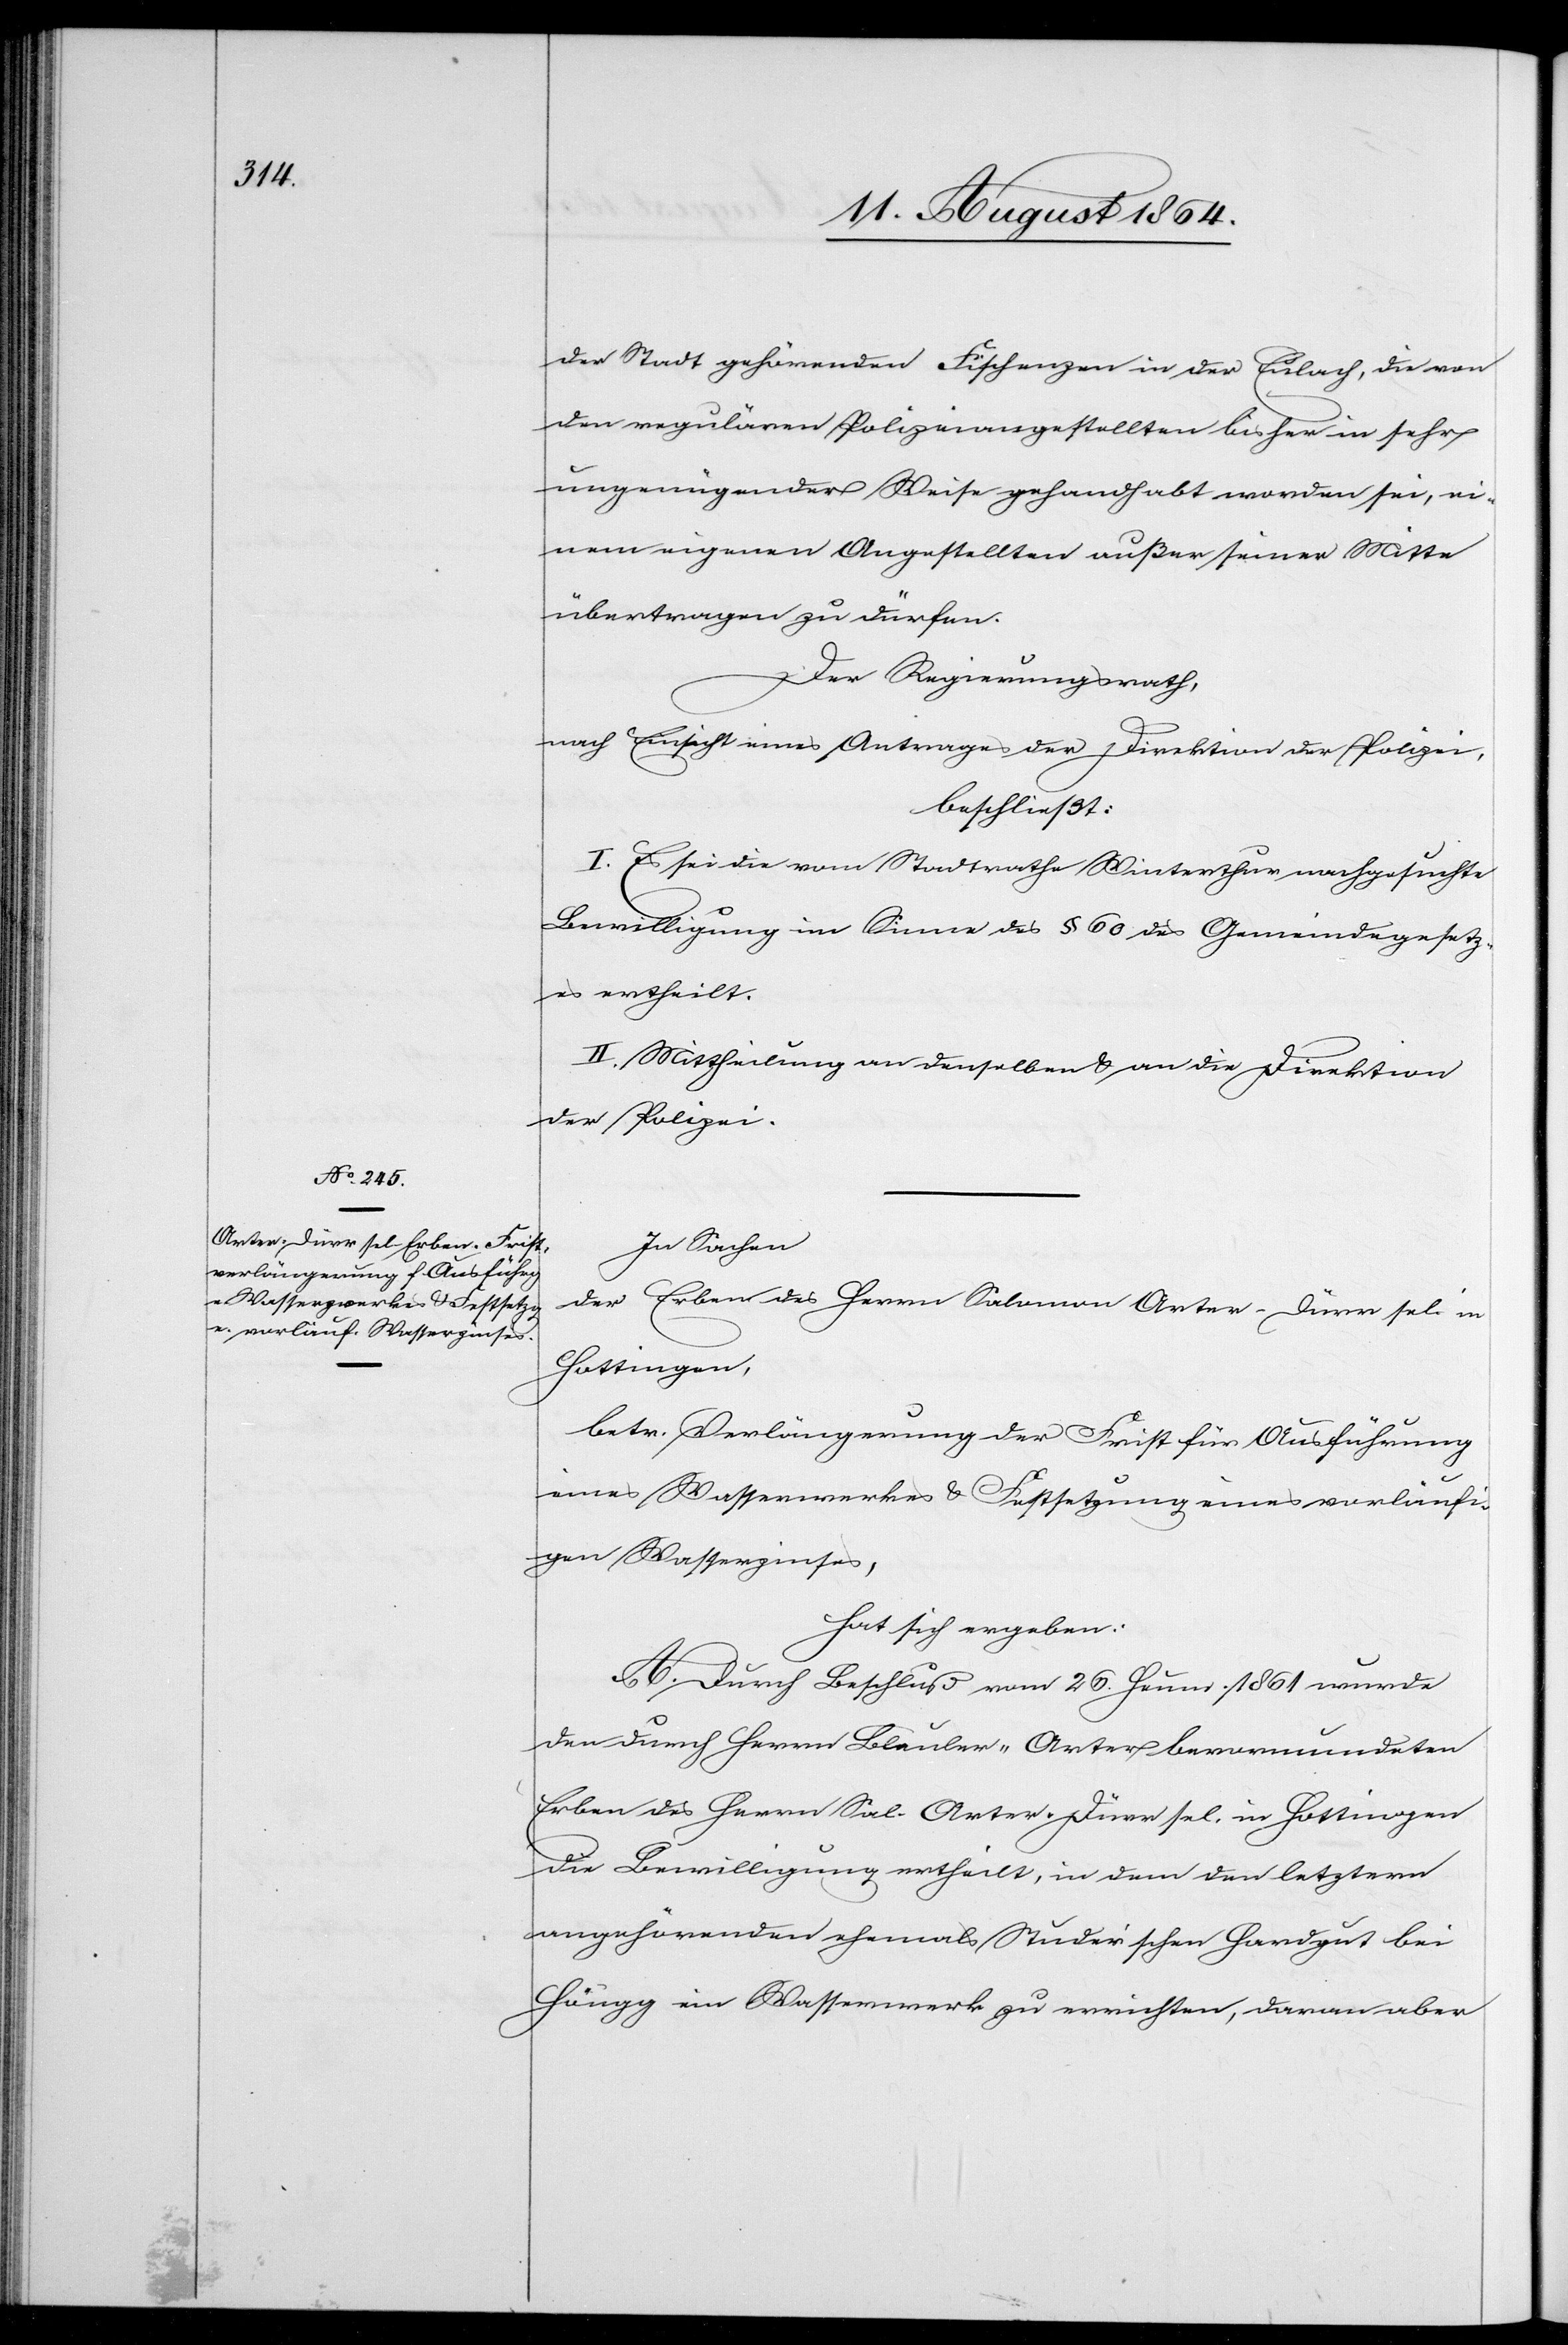
der Stadt gehörenden Fischenzen der Eulach, die von
den regulären Polizeiangestellten bisher in sehr
ungenügender Weise gehandhabt worden sei, ei¬
nen eigenen Angestellten außer [sic!] seiner Mitte
übertragen zu dürfen.
Der Regierungsrath,
nach Einsicht eines Antrages der Direktion der Polizei
beschließt:
I. Es sei die vom Stadtrathe Winterthur nachgesuchte
Bewilligung im Sinne des § 60 des Gemeindegesetz¬
es ertheilt.
II. Mittheilung an denselben & an die Direktion
der Polizei.
In Sachen
der Erben des Herrn Salomon Arter-Dürr sel. in
Hottingen,
betr. Verlängerung der Frist für Ausführung
eines Wasserwerkes & Festsetzung eines vorläufi¬
gen Wasserzinses,
hat sich ergeben:
A. Durch Beschluß vom 26. Heum. 1861 wurde
den durch Herrn Bleuler-Arter bevormundeten
Erben des Herrn Sal. Arter-Dürr sel. in Hottingen
die Bewilligung ertheilt, in dem den letztern
angehörenden ehemals Studer’schen Hardgut bei
Höngg ein Wasserwerk zu errichten, daran aber